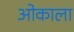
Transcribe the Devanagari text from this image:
ओकाला